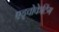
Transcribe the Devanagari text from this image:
एड्वोकेटिंग